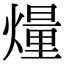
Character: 𤎲